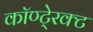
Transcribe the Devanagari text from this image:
कॉण्टे्रक्ट